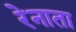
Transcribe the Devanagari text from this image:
रेनाता